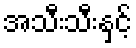
အသီးသီးနှင့်